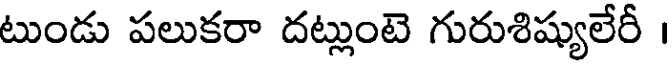
టుండు పలుకరా దట్లుంటె గురుశిష్యులేరీ